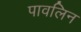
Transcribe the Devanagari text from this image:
पावलिन